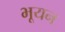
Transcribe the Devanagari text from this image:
भूयन